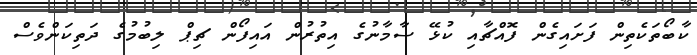
ކާބޯތަކެތިން ފަށައިގެން ފޮއްޗާއި ކުޅޭ ސާމާނުގެ އިތުރުން އައިފޯން ޗިޕް ލިބުމުގެ ދަތިކަންވެސް